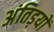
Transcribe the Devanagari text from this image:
अंतिड़यों